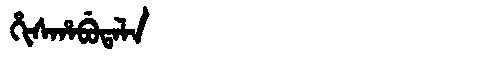
Manchu: ᡥᡳᠰᡥᠠᠪᡠᡨᠠᠯᠠ
Romanization: HISHABUTALA